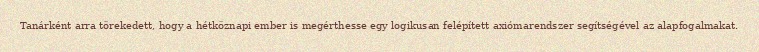
Tanárként arra törekedett, hogy a hétköznapi ember is megérthesse egy logikusan felépített axiómarendszer segítségével az alapfogalmakat.